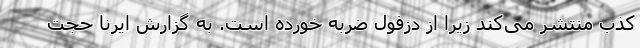
کذب منتشر می‌کند زیرا از دزفول ضربه خورده است. به گزارش ایرنا حجت